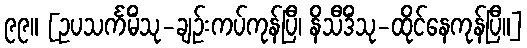
၉၉။ [ဥပသင်္ကမိံသု-ချဉ်းကပ်ကုန်ပြီ၊ နိသီဒိံသု-ထိုင်နေကုန်ပြီ။]